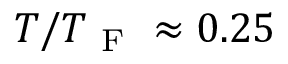
T / T _ { \mathrm { ~ F ~ } } \approx 0 . 2 5